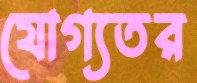
যোগ্যতর